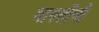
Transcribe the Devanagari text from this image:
मारुतीनी